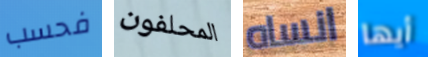
فحسب المحلفون انساه أيها